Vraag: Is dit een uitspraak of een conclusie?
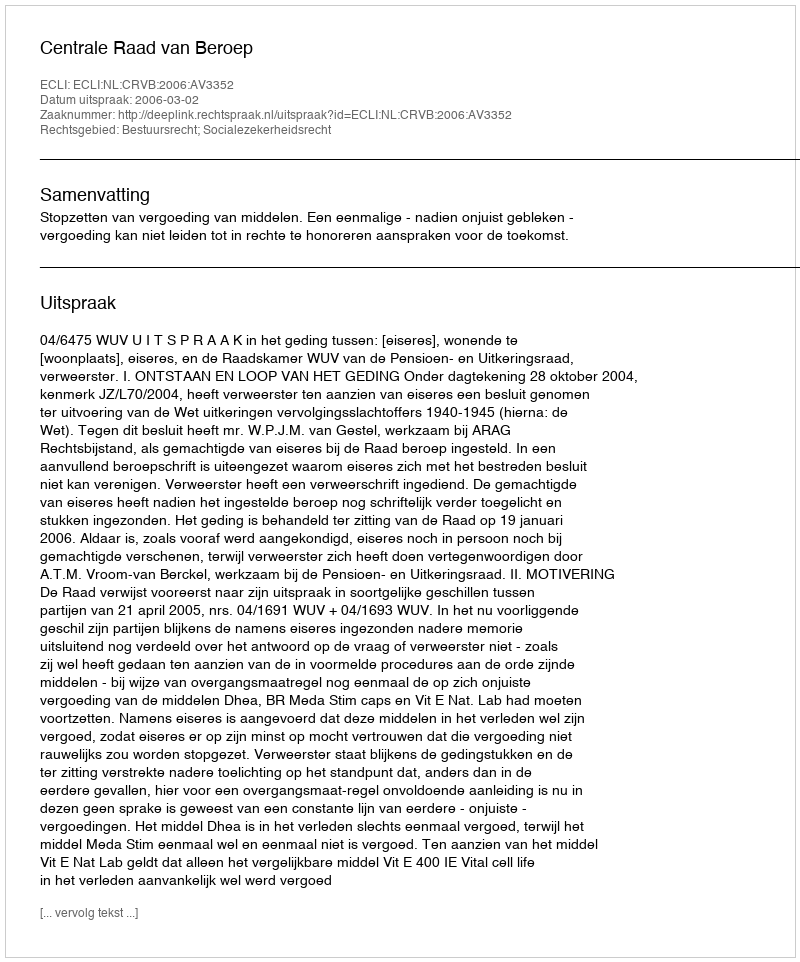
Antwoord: Uitspraak